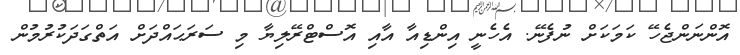
އޮންނަންޖެހޭ ކަމަކަށް ނުފެނޭ. އެހެނީ އިންޑިއާ އާއި އޮސްޓްރޭލިޔާ މި ސަރަޙައްދަށް އަތްގަދަކުރުމުން